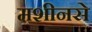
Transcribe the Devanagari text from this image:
मशीनसे